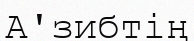
А'зибтің